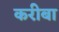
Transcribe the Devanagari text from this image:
करीबा